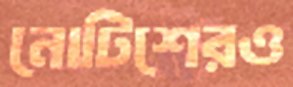
নোটিশেরও